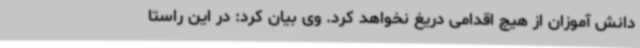
دانش آموزان از هیچ اقدامی دریغ نخواهد کرد. وی بیان کرد: در این راستا